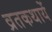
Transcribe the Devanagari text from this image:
व्रतकथायें